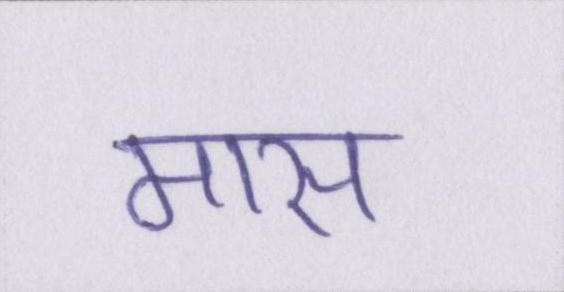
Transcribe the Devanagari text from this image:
मास